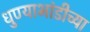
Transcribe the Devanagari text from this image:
धुण्याभांडीच्या